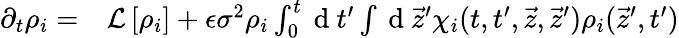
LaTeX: \begin{array}{rl}{\partial_{t}\rho_{i}=}&{{}\mathcal{L}\left[\rho_{i}\right]+\epsilon\sigma^{2}\rho_{i}\int_{0}^{t}\mathrm{~d~}t^{\prime}\int\mathrm{~d~}\vec{z}^{\prime}\chi_{i}(t,t^{\prime},\vec{z},\vec{z}^{\prime})\rho_{i}(\vec{z}^{\prime},t^{\prime})}\end{array}